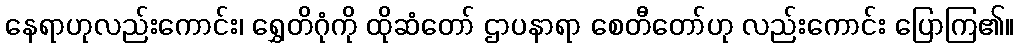
နေရာဟုလည်းကောင်း၊ ရွှေတိဂုံကို ထိုဆံတော် ဌာပနာရာ စေတီတော်ဟု လည်းကောင်း ပြောကြ၏။